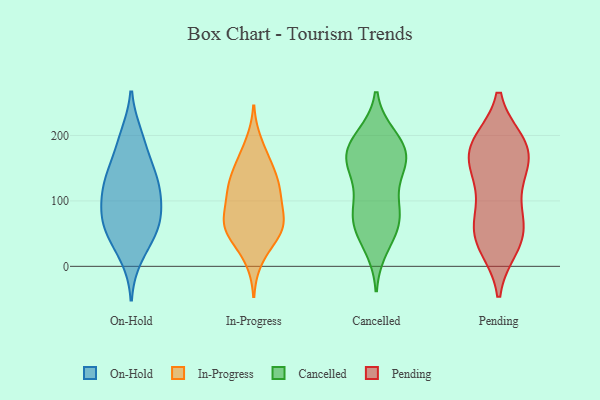
{"axis": {"x": "Page Views", "y": "Value"}, "legend": ["Cancelled", "In-Progress", "On-Hold", "Pending"], "data": [{"x": "", "y": 192, "type": "On-Hold"}, {"x": "", "y": 122, "type": "On-Hold"}, {"x": "", "y": 16, "type": "On-Hold"}, {"x": "", "y": 73, "type": "On-Hold"}, {"x": "", "y": 73, "type": "On-Hold"}, {"x": "", "y": 64, "type": "On-Hold"}, {"x": "", "y": 130, "type": "On-Hold"}, {"x": "", "y": 56, "type": "On-Hold"}, {"x": "", "y": 106, "type": "On-Hold"}, {"x": "", "y": 102, "type": "On-Hold"}, {"x": "", "y": 43, "type": "On-Hold"}, {"x": "", "y": 147, "type": "On-Hold"}, {"x": "", "y": 199, "type": "On-Hold"}, {"x": "", "y": 145, "type": "On-Hold"}, {"x": "", "y": 41, "type": "In-Progress"}, {"x": "", "y": 69, "type": "In-Progress"}, {"x": "", "y": 110, "type": "In-Progress"}, {"x": "", "y": 61, "type": "In-Progress"}, {"x": "", "y": 12, "type": "In-Progress"}, {"x": "", "y": 119, "type": "In-Progress"}, {"x": "", "y": 154, "type": "In-Progress"}, {"x": "", "y": 59, "type": "In-Progress"}, {"x": "", "y": 187, "type": "In-Progress"}, {"x": "", "y": 118, "type": "In-Progress"}, {"x": "", "y": 76, "type": "In-Progress"}, {"x": "", "y": 60, "type": "In-Progress"}, {"x": "", "y": 59, "type": "In-Progress"}, {"x": "", "y": 134, "type": "In-Progress"}, {"x": "", "y": 160, "type": "In-Progress"}, {"x": "", "y": 111, "type": "In-Progress"}, {"x": "", "y": 30, "type": "Cancelled"}, {"x": "", "y": 71, "type": "Cancelled"}, {"x": "", "y": 156, "type": "Cancelled"}, {"x": "", "y": 170, "type": "Cancelled"}, {"x": "", "y": 81, "type": "Cancelled"}, {"x": "", "y": 86, "type": "Cancelled"}, {"x": "", "y": 138, "type": "Cancelled"}, {"x": "", "y": 48, "type": "Cancelled"}, {"x": "", "y": 176, "type": "Cancelled"}, {"x": "", "y": 156, "type": "Cancelled"}, {"x": "", "y": 198, "type": "Cancelled"}, {"x": "", "y": 194, "type": "Cancelled"}, {"x": "", "y": 65, "type": "Cancelled"}, {"x": "", "y": 157, "type": "Cancelled"}, {"x": "", "y": 184, "type": "Cancelled"}, {"x": "", "y": 95, "type": "Cancelled"}, {"x": "", "y": 177, "type": "Pending"}, {"x": "", "y": 31, "type": "Pending"}, {"x": "", "y": 127, "type": "Pending"}, {"x": "", "y": 188, "type": "Pending"}, {"x": "", "y": 151, "type": "Pending"}, {"x": "", "y": 183, "type": "Pending"}, {"x": "", "y": 38, "type": "Pending"}, {"x": "", "y": 73, "type": "Pending"}, {"x": "", "y": 183, "type": "Pending"}, {"x": "", "y": 75, "type": "Pending"}, {"x": "", "y": 137, "type": "Pending"}, {"x": "", "y": 59, "type": "Pending"}, {"x": "", "y": 39, "type": "Pending"}, {"x": "", "y": 182, "type": "Pending"}]}